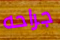
جراحه